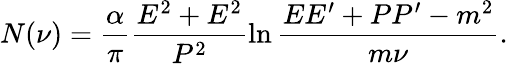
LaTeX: N(\nu)=\frac{\alpha}{\pi}\frac{E^{2}+E^{2}}{P^{2}}\ln\frac{EE^{\prime}+PP^{\prime}-m^{2}}{m\nu}.